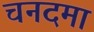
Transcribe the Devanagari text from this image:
चनदमा